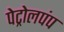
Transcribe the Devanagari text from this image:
पेट्रोलपंप